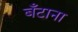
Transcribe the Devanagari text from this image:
बँटाना